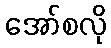
အော်စလို